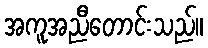
အကူအညီတောင်းသည်။